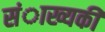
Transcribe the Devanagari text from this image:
संाख्यकी